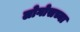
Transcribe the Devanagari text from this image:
लोगोसच्या